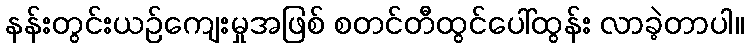
နန်းတွင်းယဉ်ကျေးမှုအဖြစ် စတင်တီထွင်ပေါ်ထွန်း လာခဲ့တာပါ။